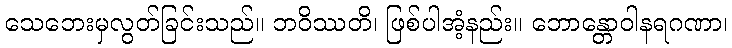
သေဘေးမှလွတ်ခြင်းသည်။ ဘဝိဿတိ၊ ဖြစ်ပါအံ့နည်း။ ဘောန္တောဝါနရဂဏာ၊